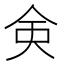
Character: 㑒